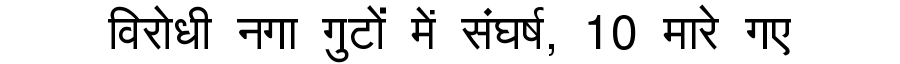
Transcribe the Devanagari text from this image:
विरोधी नगा गुटों में संघर्ष, 10 मारे गए